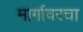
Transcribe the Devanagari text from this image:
मार्गावरचा